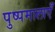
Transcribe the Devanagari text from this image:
पुष्पमालाएँ